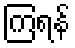
ကြရန်